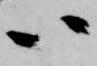
八